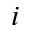
i